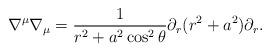
LaTeX: \begin{align*}\nabla ^\mu \nabla _\mu =\frac1{r^2 + a^2 \cos ^2 \theta} \partial _r (r^2 + a^2) \partial _r .\end{align*}